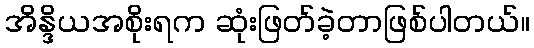
အိန္ဒိယအစိုးရက ဆုံးဖြတ်ခဲ့တာဖြစ်ပါတယ်။